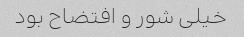
خیلی شور و افتضاح بود